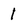
Character: 1